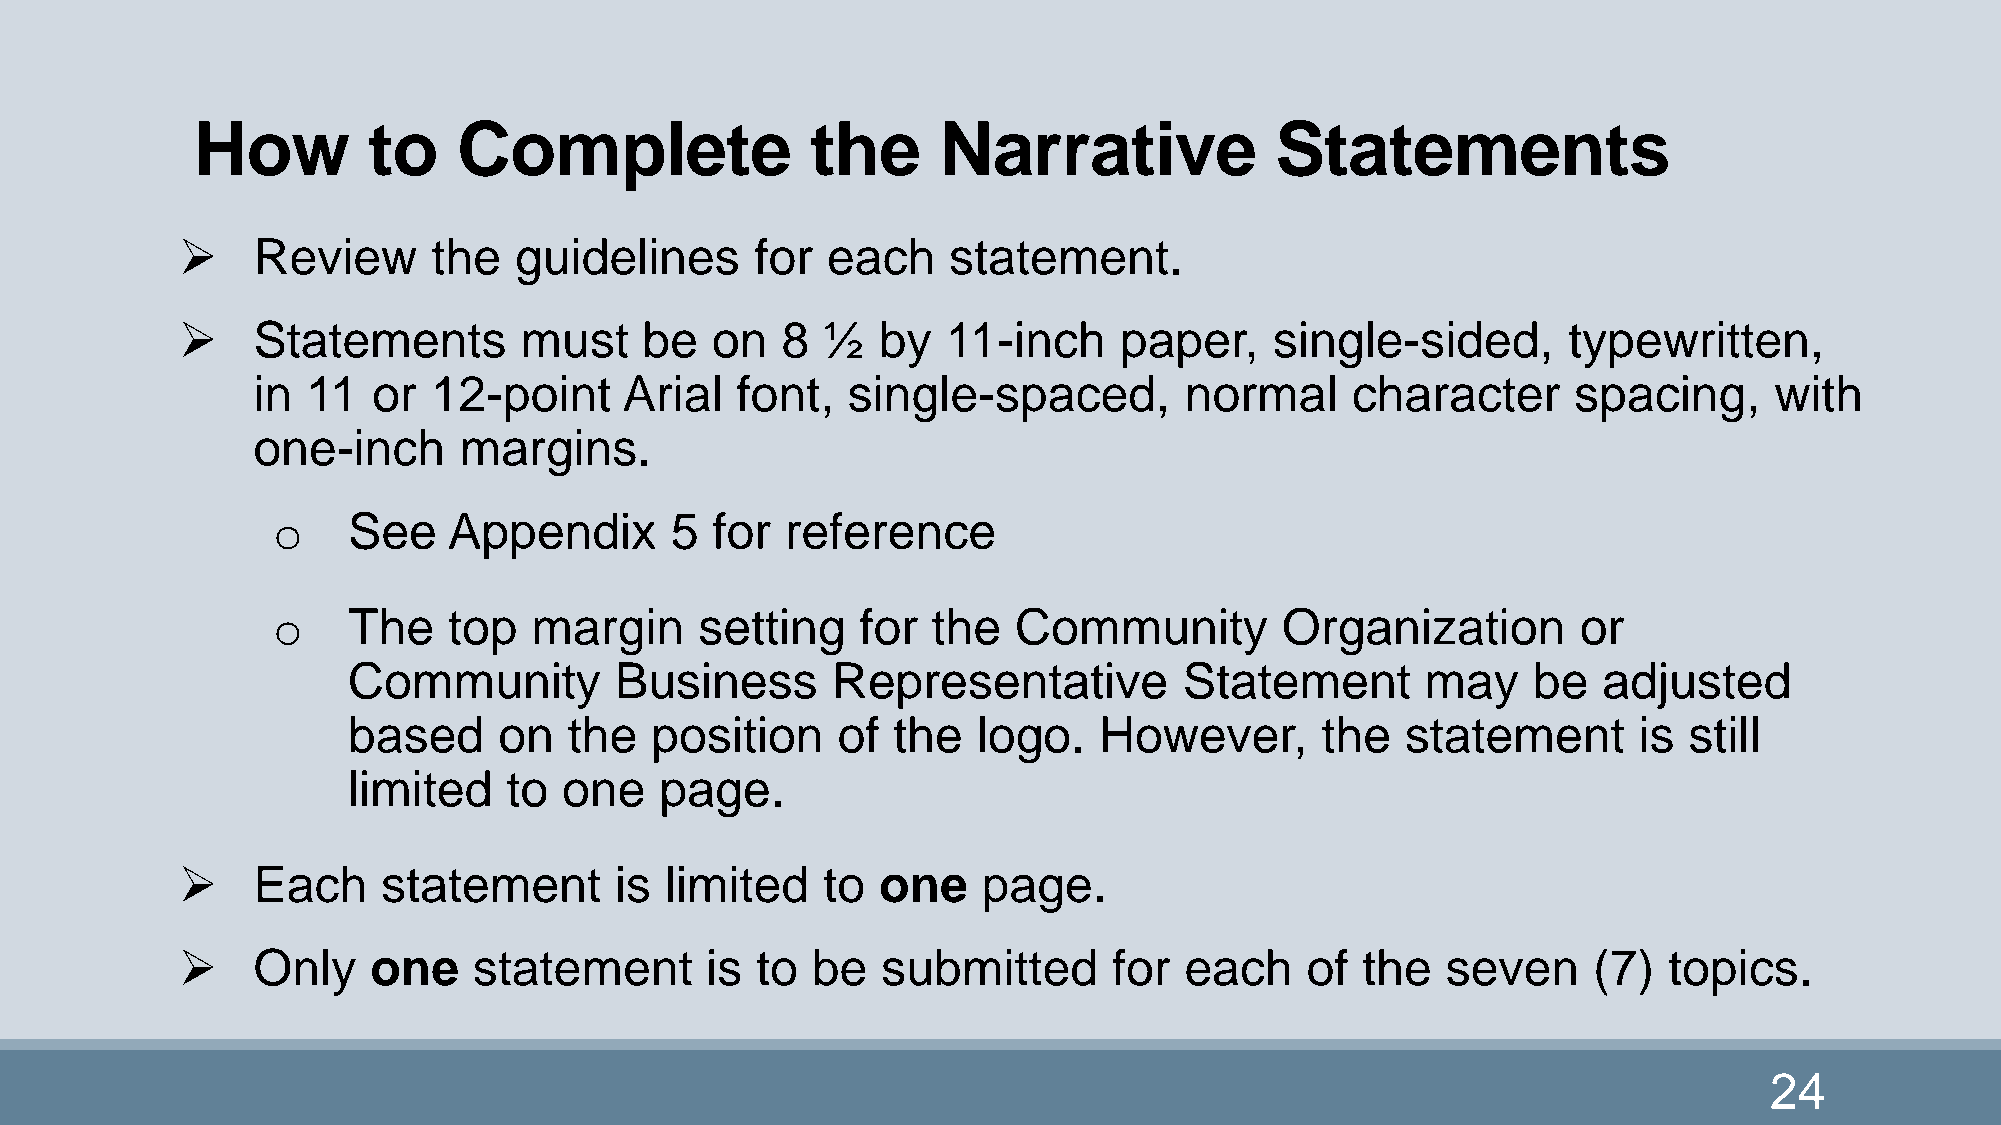
How        to    Complete                the     Narrative             Statements
     Review      the  guidelines      for  each    statement.
     Statements       must     be  on   8 ½   by   11-inch    paper,    single-sided,       typewritten,
 in 11   or 12-point     Arial   font,  single-spaced,        normal     character      spacing,     with
 one-inch     margins.
 o    See    Appendix      5  for  reference
 o    The    top  margin     setting    for  the  Community         Organization        or
 Community         Business      Representative         Statement       may    be   adjusted
 based     on   the  position    of  the   logo.   However,      the   statement      is  still
 limited    to one    page.
     Each    statement       is limited   to  one    page.
     Only    one   statement       is to  be  submitted       for each    of  the   seven    (7)  topics.
 24